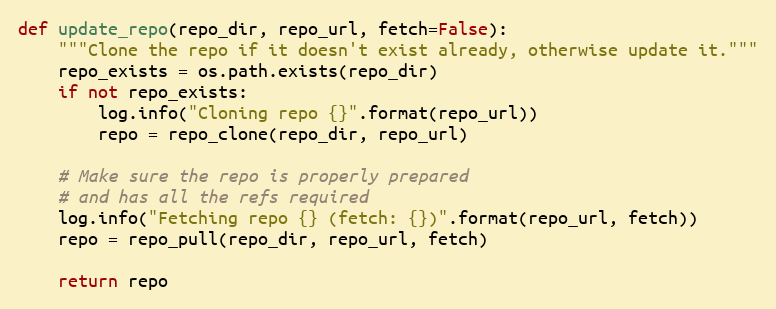
Language: Python
def update_repo(repo_dir, repo_url, fetch=False):
    """Clone the repo if it doesn't exist already, otherwise update it."""
    repo_exists = os.path.exists(repo_dir)
    if not repo_exists:
        log.info("Cloning repo {}".format(repo_url))
        repo = repo_clone(repo_dir, repo_url)

    # Make sure the repo is properly prepared
    # and has all the refs required
    log.info("Fetching repo {} (fetch: {})".format(repo_url, fetch))
    repo = repo_pull(repo_dir, repo_url, fetch)

    return repo